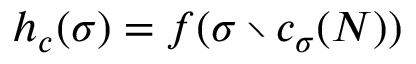
h _ { c } ( \sigma ) = f ( \sigma \setminus c _ { \sigma } ( { N } ) )